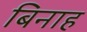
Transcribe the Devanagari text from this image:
बिनाह